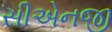
સીએનજી